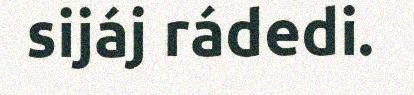
sijáj rádedi.